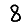
Digit: 8